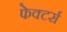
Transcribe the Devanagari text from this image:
फेक्टर्स